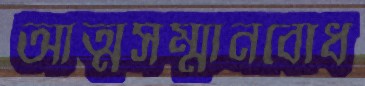
আত্মসম্মানবোধ